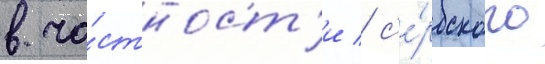
в ча́стност'и / с'е́рбского